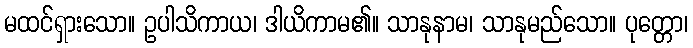
မထင်ရှားသော။ ဥပါသိကာယ၊ ဒါယိကာမ၏။ သာနုနာမ၊ သာနုမည်သော။ ပုတ္တော၊